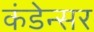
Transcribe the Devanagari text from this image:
कंडेन्सर